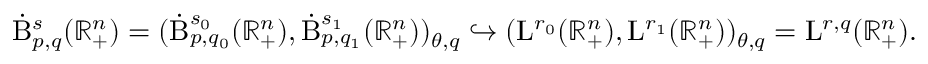
\begin{array} { r } { \dot { \mathrm { B } } _ { p , q } ^ { s } ( \mathbb { R } _ { + } ^ { n } ) = ( \dot { \mathrm { B } } _ { p , q _ { 0 } } ^ { s _ { 0 } } ( \mathbb { R } _ { + } ^ { n } ) , \dot { \mathrm { B } } _ { p , q _ { 1 } } ^ { s _ { 1 } } ( \mathbb { R } _ { + } ^ { n } ) ) _ { \theta , q } \hookrightarrow ( { \mathrm { L } } ^ { r _ { 0 } } ( \mathbb { R } _ { + } ^ { n } ) , { \mathrm { L } } ^ { r _ { 1 } } ( \mathbb { R } _ { + } ^ { n } ) ) _ { \theta , q } = { \mathrm { L } } ^ { r , q } ( \mathbb { R } _ { + } ^ { n } ) \mathrm { . ~ } } \end{array}